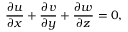
\frac { \partial u } { \partial x } + \frac { \partial v } { \partial y } + \frac { \partial w } { \partial z } = 0 ,